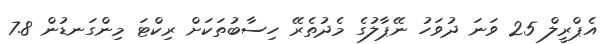
އެޕްރީލް 25 ވަނަ ދުވަހު ނޭޕާލުގެ މެދުތެރޭ ހިސާބުތަކަށް ރިކްޓަ މިންގަނޑުން 7.8